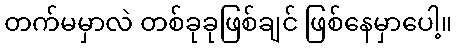
တက်မမှာလဲ တစ်ခုခုဖြစ်ချင် ဖြစ်နေမှာပေါ့။